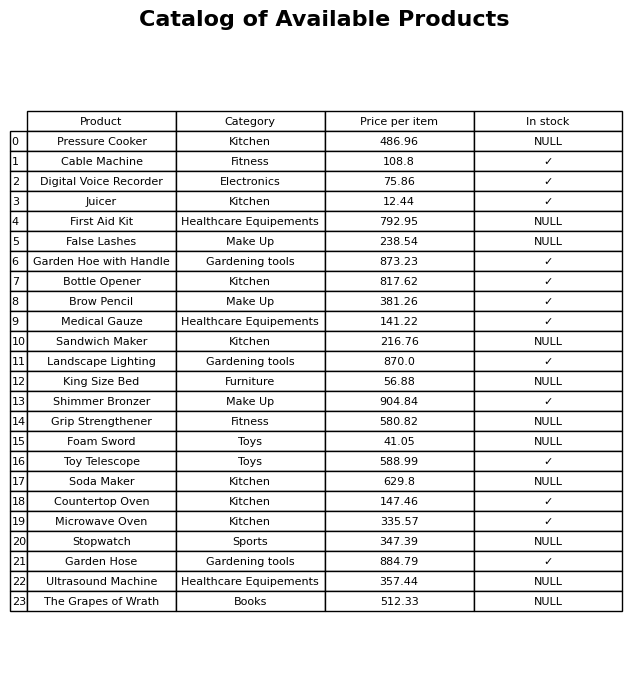
question: What is the price for Garden Hoe with Handle?
answer: The price of Garden Hoe with Handle is 873.23.